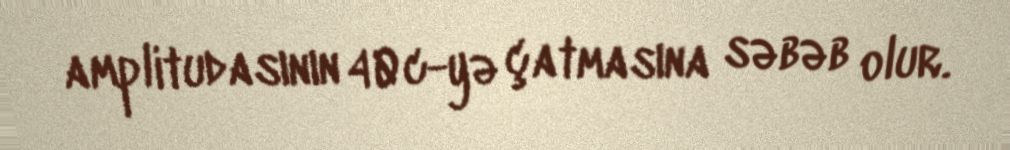
amplitudasının 40c-yə çatmasına səbəb olur.